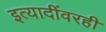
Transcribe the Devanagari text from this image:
इत्यादींवरही